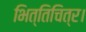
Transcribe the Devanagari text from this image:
भित्तिचित्र।